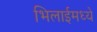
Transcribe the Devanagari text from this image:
भिलाईमध्ये